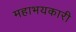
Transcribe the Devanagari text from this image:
महाभयकारी